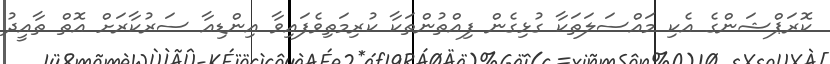
ކޮރަޕްޝަންގެ އެކި މައްސަލަތަކާ ގުޅިގެން ފިއްތުންތަކާ ކުރިމަތިވެފައިވާ އިންޑިއާ ސަރުކާރަށް އޮތް ތާއީދު